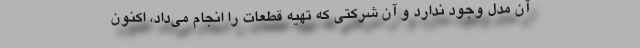
آن مدل وجود ندارد و آن شرکتی که تهیه قطعات را انجام می‌داد، اکنون